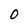
Character: 0